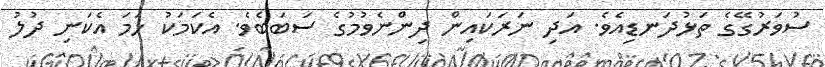
ސުވަރުގޭގެ ތަޅުދަނޑިއެވެ. އަދި ނަރަކައިން ދިންނެވުމުގެ ސަބަބެވެ. އެކަމަކު ހަމަ އެކަނި ދުލު